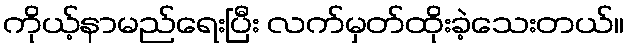
ကိုယ့်နာမည်ရေးပြီး လက်မှတ်ထိုးခဲ့သေးတယ်။